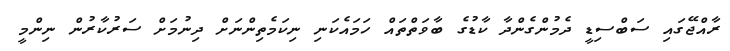
ރާއްޖޭގައި ސަބްސިޑީ ދެމުންގެންދާ ކާޑުގެ ބާވަތްތައް ހަމައެކަނި ނިކަމެތިންނަށް ދިނުމަށް ސަރުކާރުން ނިންމީ